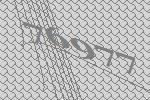
76977